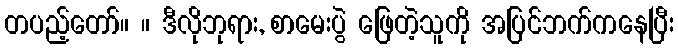
တပည့်တော်။ ။ ဒီလိုဘုရား, စာမေးပွဲ ဖြေတဲ့သူကို အပြင်ဘက်ကနေပြီး